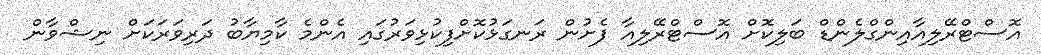
އޮސްޓްރޭލިއާއިންގްލެންޑް ބަލިކޮށް އޮސްޓްރޭލިއާ ފެށުން ރަނގަޅުކޮށްފިކުޅިވަރުގައި އެންމެ ކާމިޔާބު ދަރިވަރަކަށް ނިޝްވާން